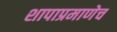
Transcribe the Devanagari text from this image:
शापाप्रमाणेच